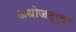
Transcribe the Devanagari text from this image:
अधोजत्रुका